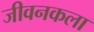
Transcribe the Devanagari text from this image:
जीवनकला